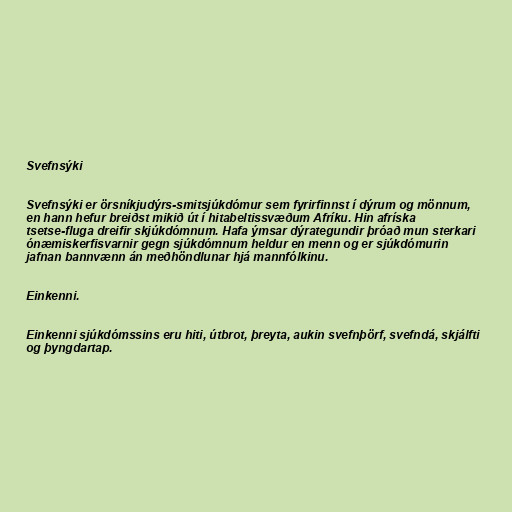
Svefnsýki

Svefnsýki er örsníkjudýrs-smitsjúkdómur sem fyrirfinnst í dýrum og mönnum,
en hann hefur breiðst mikið út í hitabeltissvæðum Afríku. Hin afríska
tsetse-fluga dreifir skjúkdómnum. Hafa ýmsar dýrategundir þróað mun sterkari
ónæmiskerfisvarnir gegn sjúkdómnum heldur en menn og er sjúkdómurin
jafnan bannvænn án meðhöndlunar hjá mannfólkinu.

Einkenni.

Einkenni sjúkdómssins eru hiti, útbrot, þreyta, aukin svefnþörf, svefndá, skjálfti
og þyngdartap.